Report of the King Institute of Preventive Medicine, Guindy
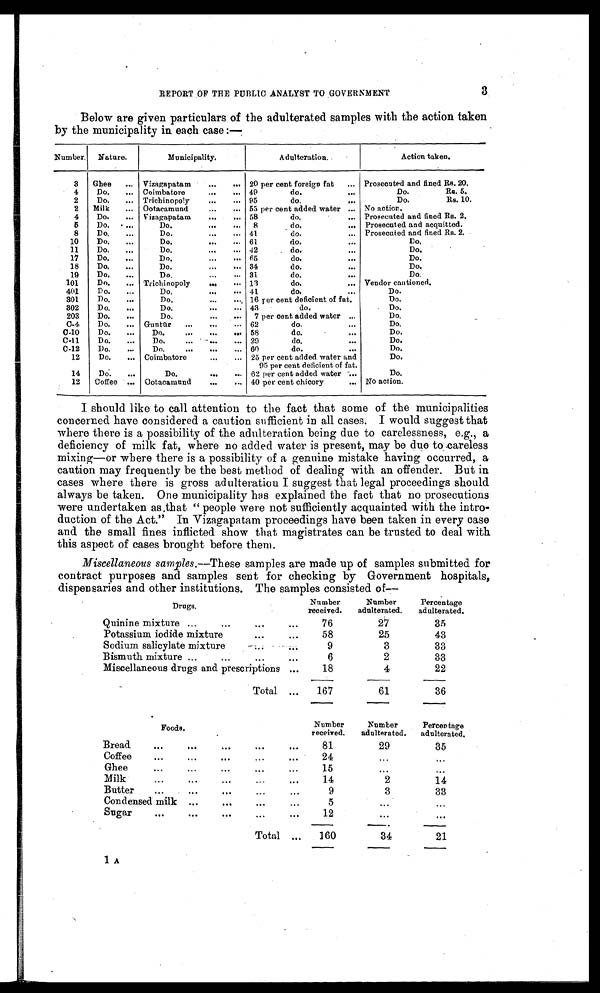
3
REPORT OF THE PUBLIC ANALYST TO GOVERNMENT
Below are given particulars of the adulterated samples with the action taken
by the municipality in each case :—
Number.
Nature.
Municipality.
Adulteration.
Action taken.
3
Ghee . . .
Vizagapatam . . .
20 per cent foreign fat . . .
Prosecuted and fined Rs. 20.
4
Do. . . .
Coimbatore . . .
49
do. . . .
Do.
Rs. 5.
2
Do. . . .
Trichinopoly . . .
95
do. . . .
Do.
Rs. 10.
2
Milk . . .
Ootacamund . . .
55 per cent added water . . .
No action.
4
Do. . . .
Vizagapatam . . .
58
do. . . .
Prosecuted and fined Rs. 2.
5
Do. . . .
Do. . . .
8
do. . . .
Prosecuted and acquitted.
8
Do. . . .
Do. . . .
41
do. . . .
Prosecuted and fined Rs. 2.
10
Do. . . .
Do. . . .
61
do. . . .
Do.
11
Do. . . .
Do. . . .
42
do. . . .
Do.
17
Do. . . .
Do. . . .
65
do. . . .
Do.
18
Do. . . .
Do. . . .
34
do. . . .
Do.
19
Do. . . .
Do. . . .
31
do. . . .
Do.
101
Do. . . .
Trichinopoly . . .
13
do. . . .
Vendor cautioned.
401
Do. . . .
Do. . . .
41
do. . . .
Do.
301
Do. . . .
Do. . . .
16 per cent deficient of fat.
Do.
302
Do. . . .
Do. . . .
43
do.
Do.
203
Do. . . .
Do. . . .
7 per cent added water . . .
Do.
C-4
Do. . . .
Guntūr . . .
62
do. . . .
Do.
C-10
Do. . . .
Do. . . .
58
do. . . .
Do.
C-11
Do. . . .
Do. . . .
29
do. . . .
Do.
C-12
Do. . . .
Do. . . .
60
do. . . .
Do.
12
Do. . . .
Coimbatore . . .
25 per cent added water and
95 per cent deficient of fat.
Do.
14
Do. . . .
Do. . . .
62 per cent added water . . .
Do.
12
Coffee . . .
Ootacamund . . .
40 per cent chicory . . .
No action.
I should like to call attention to the fact that some of the municipalities
concerned have considered a caution sufficient in all cases. I would suggest that
where there is a possibility of the adulteration being due to carelessness, e.g., a
deficiency of milk fat, where no added water is present, may be due to careless
mixing—or where there is a possibility of a genuine mistake having occurred, a
caution may frequently be the best method of dealing with an offender. But in
cases where there is gross adulteration I suggest that legal proceedings should
always be taken. One municipality has explained the fact that no prosecutions
were undertaken as,that " people were not sufficiently acquainted with the intro
- d u c t i o n o f t h e A c t . " I n V i z a g a p a t a m p r o c e e d i n g s h a v e b e e n t a k e n i n e v e r y c a s e
and the small fines inflicted show that magistrates can be trusted to deal with
this aspect of cases brought before them.
Miscellaneous samples. —These samples are made up of samples submitted for
contract purposes and samples sent for checking by Government hospitals,
dispensaries and other institutions. The samples consisted of—
Drugs.
Number
received.
Number
adulterated.
Percentage
adulterated.
Quinine mixture . . .
76
27
35
Potassium iodide mixture . . .
58
25
43
Sodium salicylate mixture . . .
9
3
33
Bismuth mixture . . .
6
2
33
Miscellaneous drugs and prescriptions . . .
18
4
22
Total . . .
167
61
36
Foods.
Number
received.
Number
adulterated.
Percentage
adulterated.
Bread . . .
81
29
35
Coffee . . .
24
. . .
. . .
Ghee . . .
15
. . .
. . .
Milk . . .
14
2
14
Butter . . .
9
3
33
Condensed milk . . .
5
. . .
. . .
Sugar . . .
12
. . .
. . .
Total. . .
160
34
21
1 A